Report on horse surra - Volume II, Part II
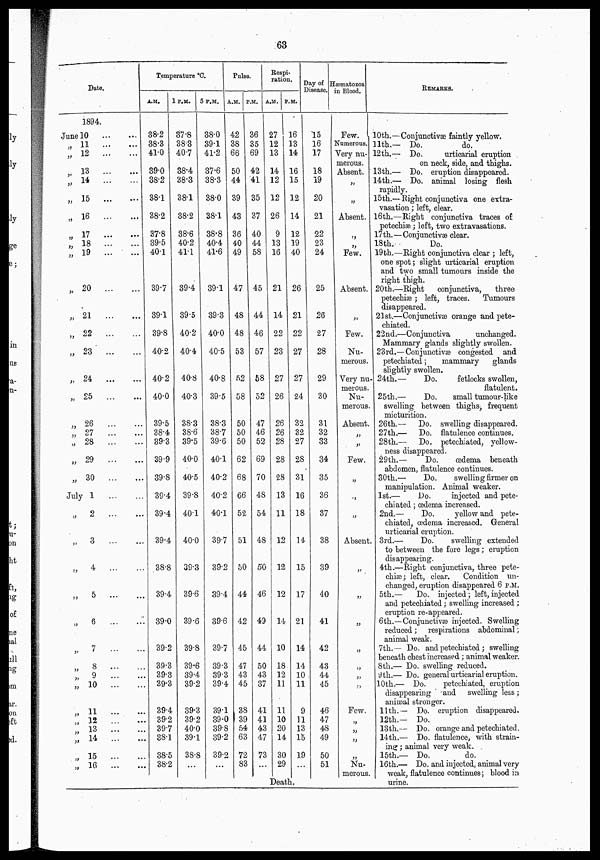
63
Date.
1894.
June 10
„ 11
„ 12
„ 13
„ 14
...
...
„ 15
„ 16
„ 17
„
18
„ 19
„ 20
„ 21
„ 22
„ 23
„ 24
,„ 25
„ 26
„ 27
„ 28
„ 29
„ 30
July 1
„
2
„
3
„ 4
„
5
„
6
„
7
„
8
...
„
9
„ 10
„ 11
„ 12
...
„ 13
„ 14
„ 15
„ 16
Temperature °C.
A.M.
38.2
38.3
41.0
39.0
38.2
38.1
38.2
37.8
39.5
40.1
39.7
39.1
39.8
40.2
40.2
40.0
39.5
38.4
39.3
39.9
39.8
39.4
39.4
39.4
.38.8
39.4
39.0
39.2
39.3
39.3
39.3
39.4
39.2
39.7
38.1
38.5
38.2
1 P.M. 5
37.8
38.3
40.7
38.4
38.3
38.1
38.2
38.6
40.2
41.1
39.4
39.5
40.2
40.4
40.8
40.3
38.3
38.6
39.5
40.0
40.5
39.8
40.1
40.0
39.3
39.6
39.6
39.8
39.6
39.4
39.2
39.3
39.2
40.0
39.1
38.8
...
P.M.
Pulse.
A .M. P.M.
38.0
39.1
41.2
37.6
38.3
38.0
38.1
38.8
40.4
41.6
39.1
39.3
40.0
40.5
40.8
39.5
38.3
38.7
39.6
40.1
40.2
40.2
40.1
39.7
39.2
39.4
39.6
39.7
39.3
39.3
39.4
39.1
39.0
39.8
39.2
39.2
...
42
38
66
50
44
39
43
36
40
49
47
48
48
53
52
58
50
50
50
62
68
66
52
51
50
44
42
45
47
43
45
38
39
54
63
72
83
36
35
69
42
41
35
37
40
44
58
45
44
46
57
58
52
47
46
52
69
70
48
54
48
50
46
49
44
50
43
37
41
41
43
47
73
...
Respi-
ration.
A.M.
27
12
13
14
12
12
26
9
13
16
21
14
22
23
27
26
26
26
28
28
28
13
11
12
12
12
14
10
18.
12
11
11
10
20
14
30
29
P.M.
16
13
14
16
15
12
14
12
19
40
26
21
22
27
27
24
32
32
27
28
31
16
18
14
15
17
21
14
14
10
11
9
11
13
15
19
...
Death.
Day of
Disease.
15
16
17
18
19
20
21
22
23
24
25
26
27
28
29
30
31
32
33
34
35
36
37
38
39
40
41
42
43
44
45
46
47
48
49
50
51
Hæmatozoa
in Blood.
Few.
Numerous.
Very nu-
merous.
Absent.
„
„
Absent.
„
„
Few.
Absent.
„
Few.
Nu-
merous.
Very nu-
merous.
Nu-
merous.
Absent.
„
„
Few.
„
„
„
Absent.
„
„
„
„
„
„
„
Few.
„
„
„
„
Nu-
merous.
REMARKS.
10th.—Conjunctivæ faintly yellow.
11th.— Do.
do.
12th.— Do.
urticarial eruption .
on neck, side, and thighs.
13th.— Do. eruption disappeared.
14th.— Do, animal losing flesh
rapidly.
15th.—Right conjunctiva one extra-
vasation ; left, clear.
16th.—Right conjunctiva traces of
petechiæ; left, two extravasations.
17th.—Conjunctivæ clear.
18 th.--
Do.
19th.—Right conjunctiva clear ; left,
one spot; slight urticarial eruption
and two small tumours inside the
right thigh.
20th.—Right
conjunctiva,
three
petechiæ; left, traces.
Tumours
disappeared.
21 st.—Conjunctivæ orange and pete-
chiated.
22nd.—Conjunctiva
unchanged.
Mammary glands slightly swollen.
23rd.— Conjunctivæ congested and
petechiated;
mammary
glands
slightly swollen.
24th.—
Do.
fetlocks swollen,
flatulent.
25th.—
Do.
small tumour-like
swelling between thighs; frequent
micturition.
26th.—
Do. swelling disappeared.
27th.— Do. flatulence continues.
28th.— Do. petechiated, yellow-
ness disappeared.
29th.—
Do.
œdema
beneath
abdomen, flatulence continues.
30th.—
Do.
swelling firmer on
manipulation. Animal weaker.
1st.—
Do.
injected and pete-
chiated ; œdema increased.
2nd.—
Do.
yellow and pete-
chiated, œdema increased. General
urticarial eruption.
3rd.—
Do.
swelling extended
to between the fore legs; eruption
disappearing.
4th.—Right conjunctiva, three pete-
chias; left, clear.
Condition un-
changed, eruption disappeared 6 P.M.
5th.—
Do. injected; left,injected
and petechiated; swelling increased;
eruption re-appeared.
6th.—Conjunctivæ injected. Swelling
reduced ; respirations abdominal;
animal weak.
7th.— Do. and petechiated; swelling
beneath chest increased; animal weaker.
8th,— Do. swelling reduced.
9th.— Do. general urticarial eruption.
10th.— Do.
petechiated, eruption
disappearing ' and swelling less ;
animal stronger.
11th.— Do. eruption disappeared.
12th.— Do.
13th.— Do. orange and petechiated.
14th.— Do. flatulence, with strain-
ing: animal very weak. .
15th.— Do.
do.
16th.— Do. and injected, animal very
weak, flatulence continues; blood in
urine.